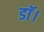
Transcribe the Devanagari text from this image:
डाॅ।